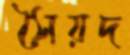
সৈয়দ